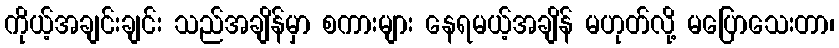
ကိုယ့်အချင်းချင်း သည်အချိန်မှာ စကားများ နေရမယ့်အချိန် မဟုတ်လို့ မပြောသေးတာ၊